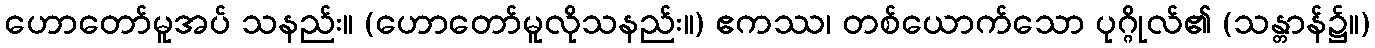
ဟောတော်မူအပ် သနည်း။ (ဟောတော်မူလိုသနည်း။) ဧကဿ၊ တစ်ယောက်သော ပုဂ္ဂိုလ်၏ (သန္တာန်၌။)